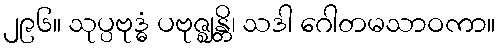
၂၉၆။ သုပ္ပဗုဒ္ဓံ ပဗုဇ္ဈန္တိ၊ သဒါ ဂေါတမသာဝကာ။